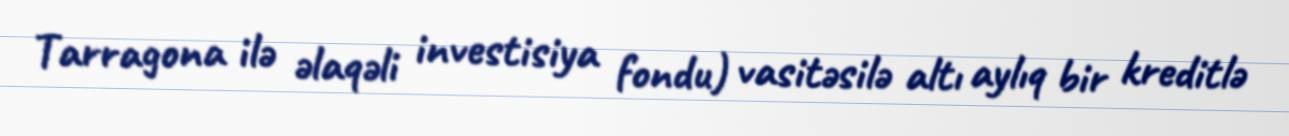
Tarragona ilə əlaqəli investisiya fondu) vasitəsilə altı aylıq bir kreditlə